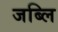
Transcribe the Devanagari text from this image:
जब्लि